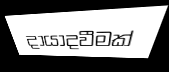
දායාදවීමක්